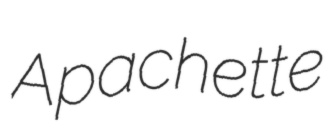
Apachette